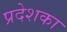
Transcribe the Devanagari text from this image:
प्रदेशका